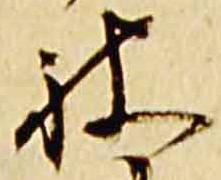
被